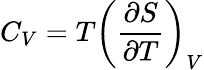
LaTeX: C_{V}=T\left({\frac{\partial S}{\partial T}}\right)_{V}